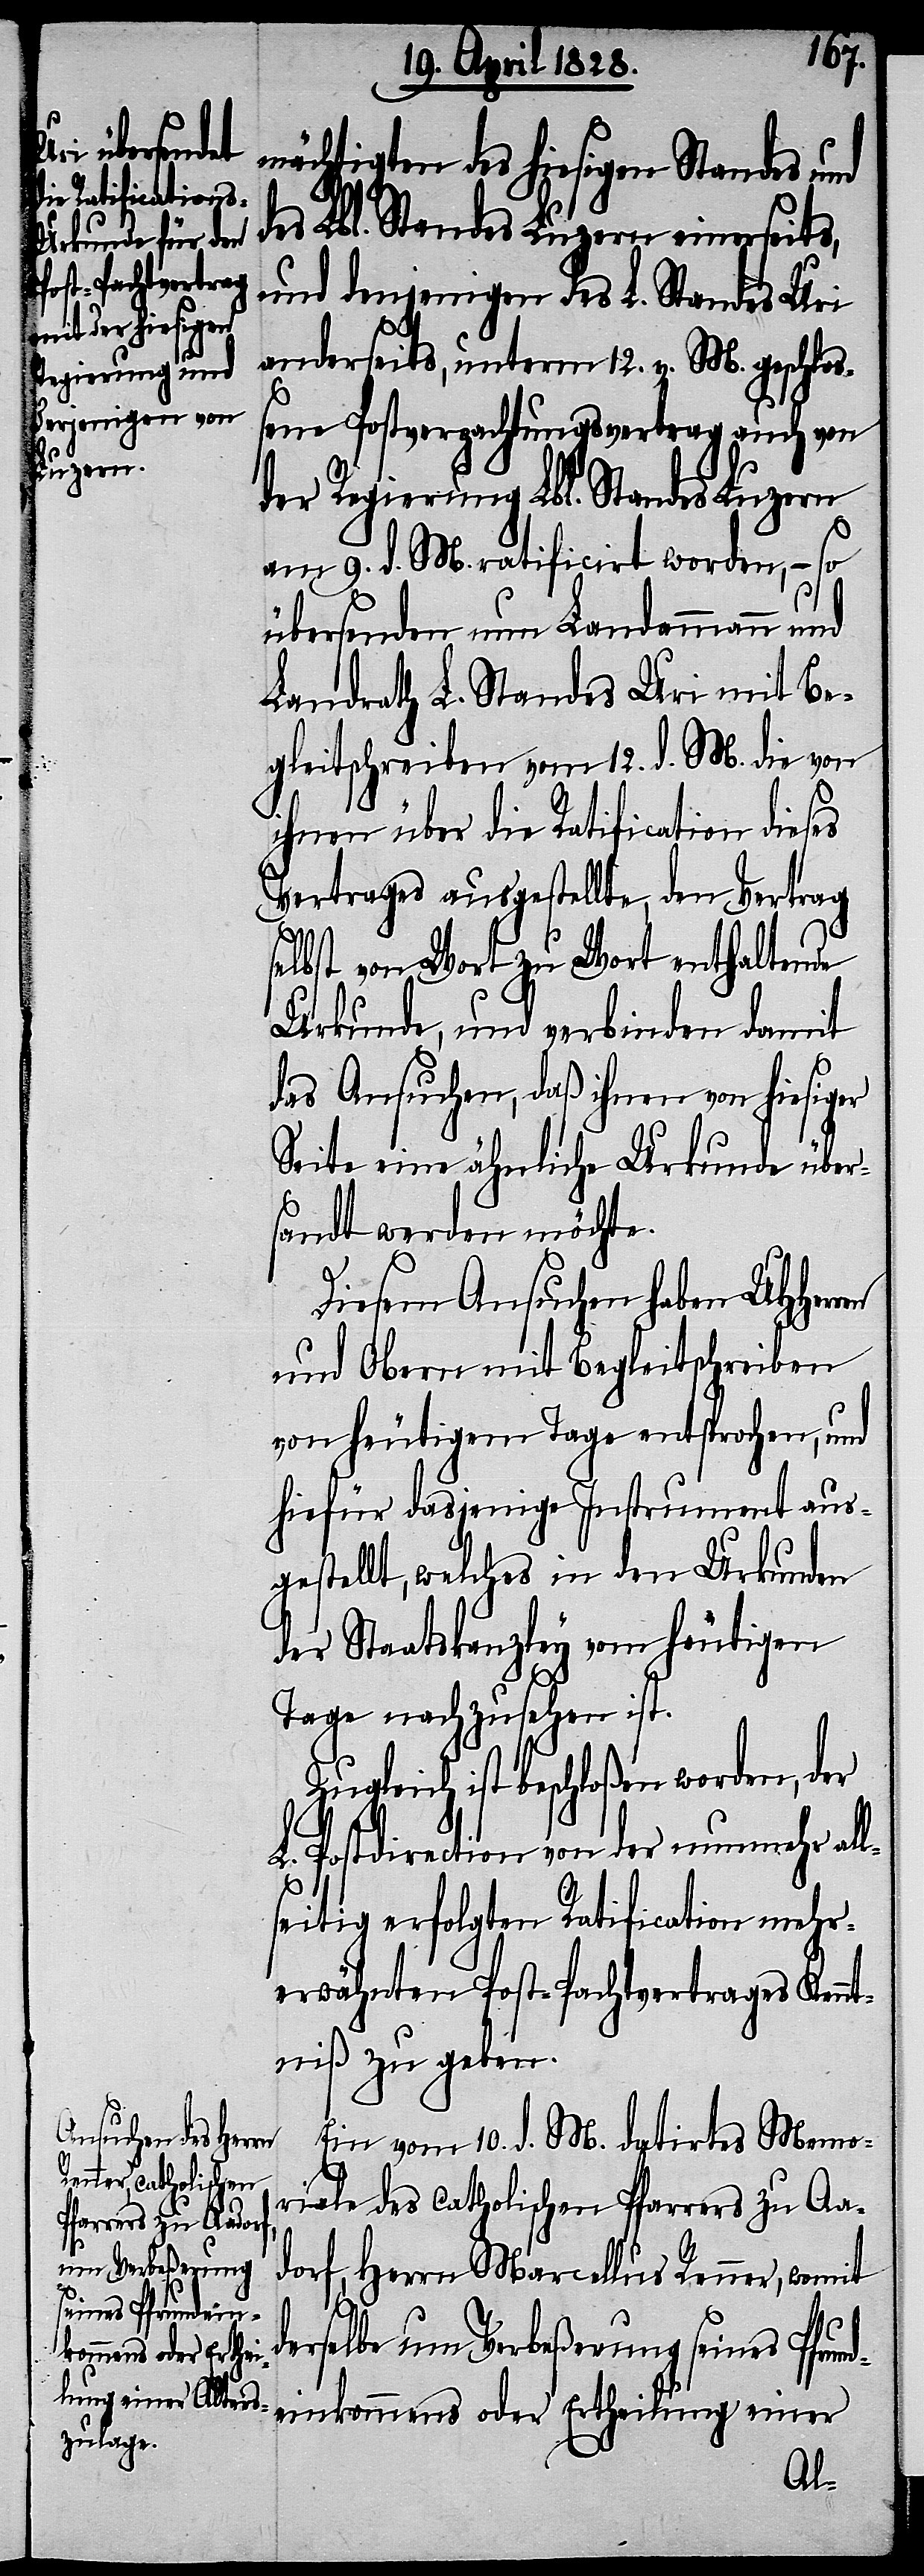
d¬

mächtigten des hiesigen Standes und
des Lbl. Standes Luzern einerseits,
und denjenigen des L. Standes Uri
anderseits, unterm 12. v. M. geschlo¬
ßene Postverpachtungsvertrag auch von
der Regierung Lbl. Standes Luzern
am 9. d. M. ratificirt worden, – so
übersenden nun Landammann und
Landrath L. Standes Uri mit Be¬
gleitschreiben vom 12. d. M. die von
ihnen über die Ratification dieses
Vertrags ausgestellte, den Vertrag
selbst von Wort zu Wort enthaltende
Urkunde, und verbinden damit
das Ansuchen, daß ihnen von hiesiger
Seite eine ähnliche Urkunde über¬
sandt werden möchte.
Diesem Ansuchen haben UHHer¬
und Obern mit Begleitschrieben
von heutigem Tage entsprochen, und
hiefür dasjenige Instrument aus¬
gestellt, welches in den Urkunden
der Staatskanzley vom heutigen
Tage nachzusehen ist.
ist beschloßen worden, der
L. Postdirection von der nunmehr all¬
seitig erfolgten Ratification mehr¬
erwähnten Post-Pachtvertrages Ken¬
ntniß zu geben.
Ein vom 10. d. M. datirtes Memo¬
riale des catholischen Pfarrers zu Aar¬
dorf, Herrn Marcellus Renner, womit
erselbe um Verbeßerung seines Pfrund¬
einkommens oder Ertheilung einer